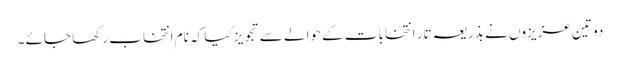
دو تین عزیزوں نے بذریعہ تار انتخابات کے حوالے سے تجویز کیا کہ نام انتخاب رکھا جائے ۔